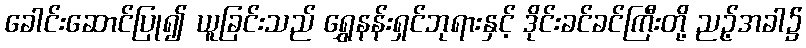
ခေါင်းဆောင်ပြု၍ ယူခြင်းသည် ရွှေနန်းရှင်ဘုရားနှင့် ဒိုင်းခင်ခင်ကြီးတို့ ညဉ့်အခါ၌